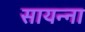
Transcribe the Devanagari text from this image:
सायन्ना